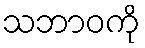
သဘာဝကို